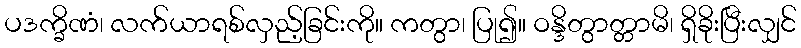
ပဒက္ခိဏံ၊ လက်ယာရစ်လှည့်ခြင်းကို။ ကတွာ၊ ပြု၍။ ဝန္ဒိတွာတ္တာမိ၊ ရှိခိုးပြီးလျှင်